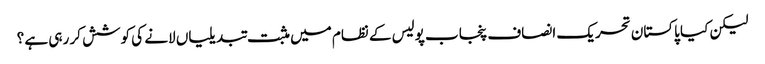
لیکن کیا پاکستان تحریک انصاف پنجاب پولیس کے نظام میں مثبت تبدیلیاں لانے کی کوشش کر رہی ہے ؟